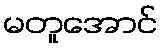
မတူအောင်